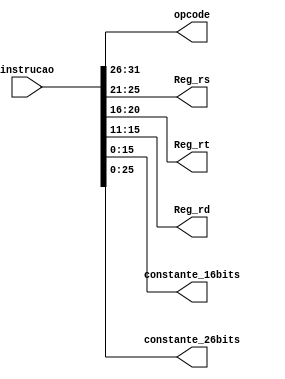
module divisor_instrucao(instrucao, opcode, Reg_rs, Reg_rt, Reg_rd, constante_16bits, constante_26bits);//Modulo que ir decodificar os campos da instruo lida
	input [31:0] instrucao;
	output [5:0] opcode;
	output [4:0] Reg_rs, Reg_rt, Reg_rd;
	output [15:0] constante_16bits;
	output [25:0]constante_26bits;
	
       //Sempre que uma nova instruo  lida da memria, o valor de cada campo seu  atrbuido  sada correspondente
		assign opcode = instrucao[31:26];
		assign Reg_rs = instrucao [25:21];
		assign Reg_rt = instrucao [20:16];
		assign Reg_rd = instrucao [15:11];
		assign constante_16bits = instrucao[15:0];
		assign constante_26bits = instrucao[25:0];
endmodule